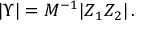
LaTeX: | \Upsilon | = M ^ { - 1 } | Z _ { 1 } Z _ { 2 } | \, .